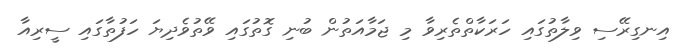
އިނގިރޭސި ވިލާތުގައި ހަރަކާތްތެރިވާ މި ޖަމާއަތުން ބުނި ގޮތުގައި ވޭތުވެދިޔަ ހަފުތާގައި ސީރިއާ